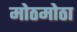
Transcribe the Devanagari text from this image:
मोठमोठा